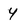
Character: 4